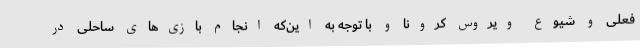
فعلی و شیوع ویروس کرونا و با توجه به این‌که انجام بازی‌های ساحلی در